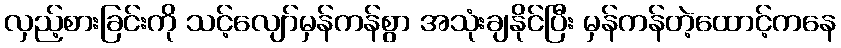
လှည့်စားခြင်းကို သင့်လျော်မှန်ကန်စွာ အသုံးချနိုင်ပြီး မှန်ကန်တဲ့ထောင့်ကနေ